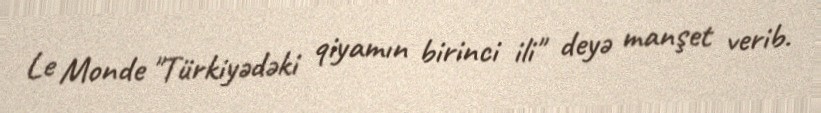
Le Monde "Türkiyədəki qiyamın birinci ili" deyə manşet verib.